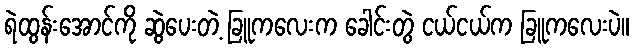
ရဲထွန်းအောင်ကို ဆွဲပေးတဲ့ ခြူကလေးက ခေါင်းတွဲ ငယ်ငယ်က ခြူကလေးပဲ။